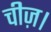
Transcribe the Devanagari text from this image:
चीज़।